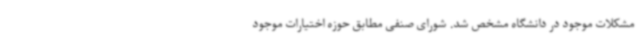
مشکلات موجود در دانشگاه مشخص شد. شورای صنفی مطابق حوزه اختیارات موجود